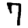
Digit: 7